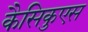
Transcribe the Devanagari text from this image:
कैसिकुएस